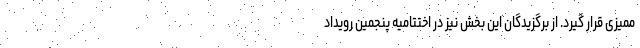
ممیزی قرار گیرد. از برگزیدگان این بخش نیز در اختتامیه پنجمین رویداد